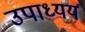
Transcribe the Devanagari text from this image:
उपाध्यय